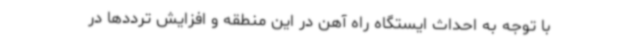
با توجه به احداث ایستگاه راه آهن در این منطقه و افزایش ترددها در